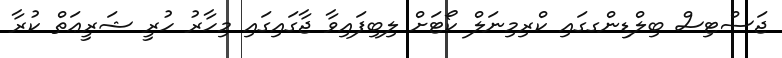
ޖަސްޓިސް ބިލްޑިންގގައި ކްރިމިނަލް ކޯޓަށް ލިބިފައިވާ ޖާގައިގައި މިހާރު ހުރީ ޝަރީޢަތް ކުރާ